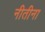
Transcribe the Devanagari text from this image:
नीतीना